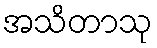
အသိတာသု